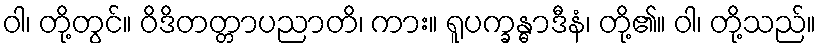
ဝါ၊ တို့တွင်။ ဝိဒိတတ္တာပညာတိ၊ ကား။ ရူပက္ခန္ဓာဒီနံ၊ တို့၏။ ဝါ၊ တို့သည်။